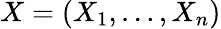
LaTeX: X=(X_{1},\dots,X_{n})